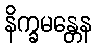
နိက္ခမန္တေန